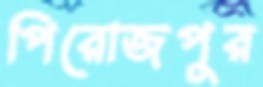
পিরোজপুর